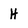
Character: H